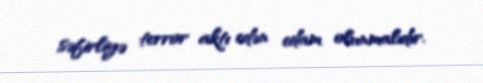
səfirliyə terror aktı edən edam olunmalıdır.